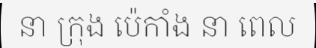
នា ក្រុង ប៉េកាំង នា ពេល